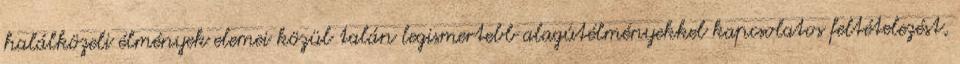
halálközeli élmények elemei közül talán legismertebb alagútélményekkel kapcsolatos feltételezést,